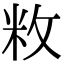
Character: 敉